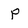
Character: p